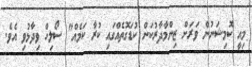
މިއީ ކޮމިޝަނުން ވަރަށް ޒިންމާދާރުކަން ކުޑަގޮތެއްގައި ކުރާ ކަމެއް" ސޯލިހް ވިދާޅުވި އެވެ.